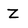
Character: Z